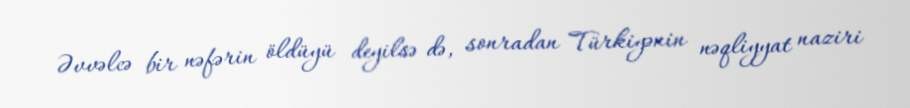
Əvvəlcə bir nəfərin öldüyü deyilsə də, sonradan Türkiyənin nəqliyyat naziri